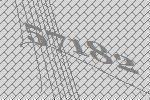
57182